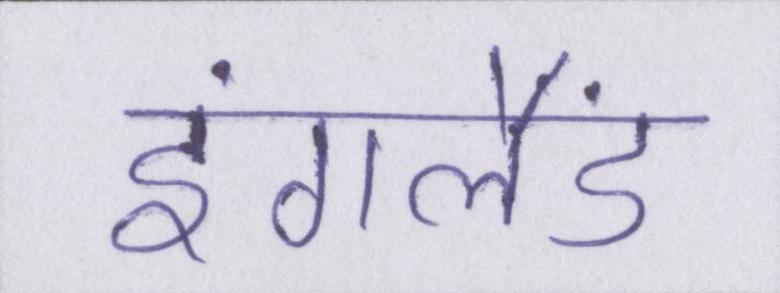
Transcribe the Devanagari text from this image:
इंगलैंड